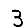
Digit: 3